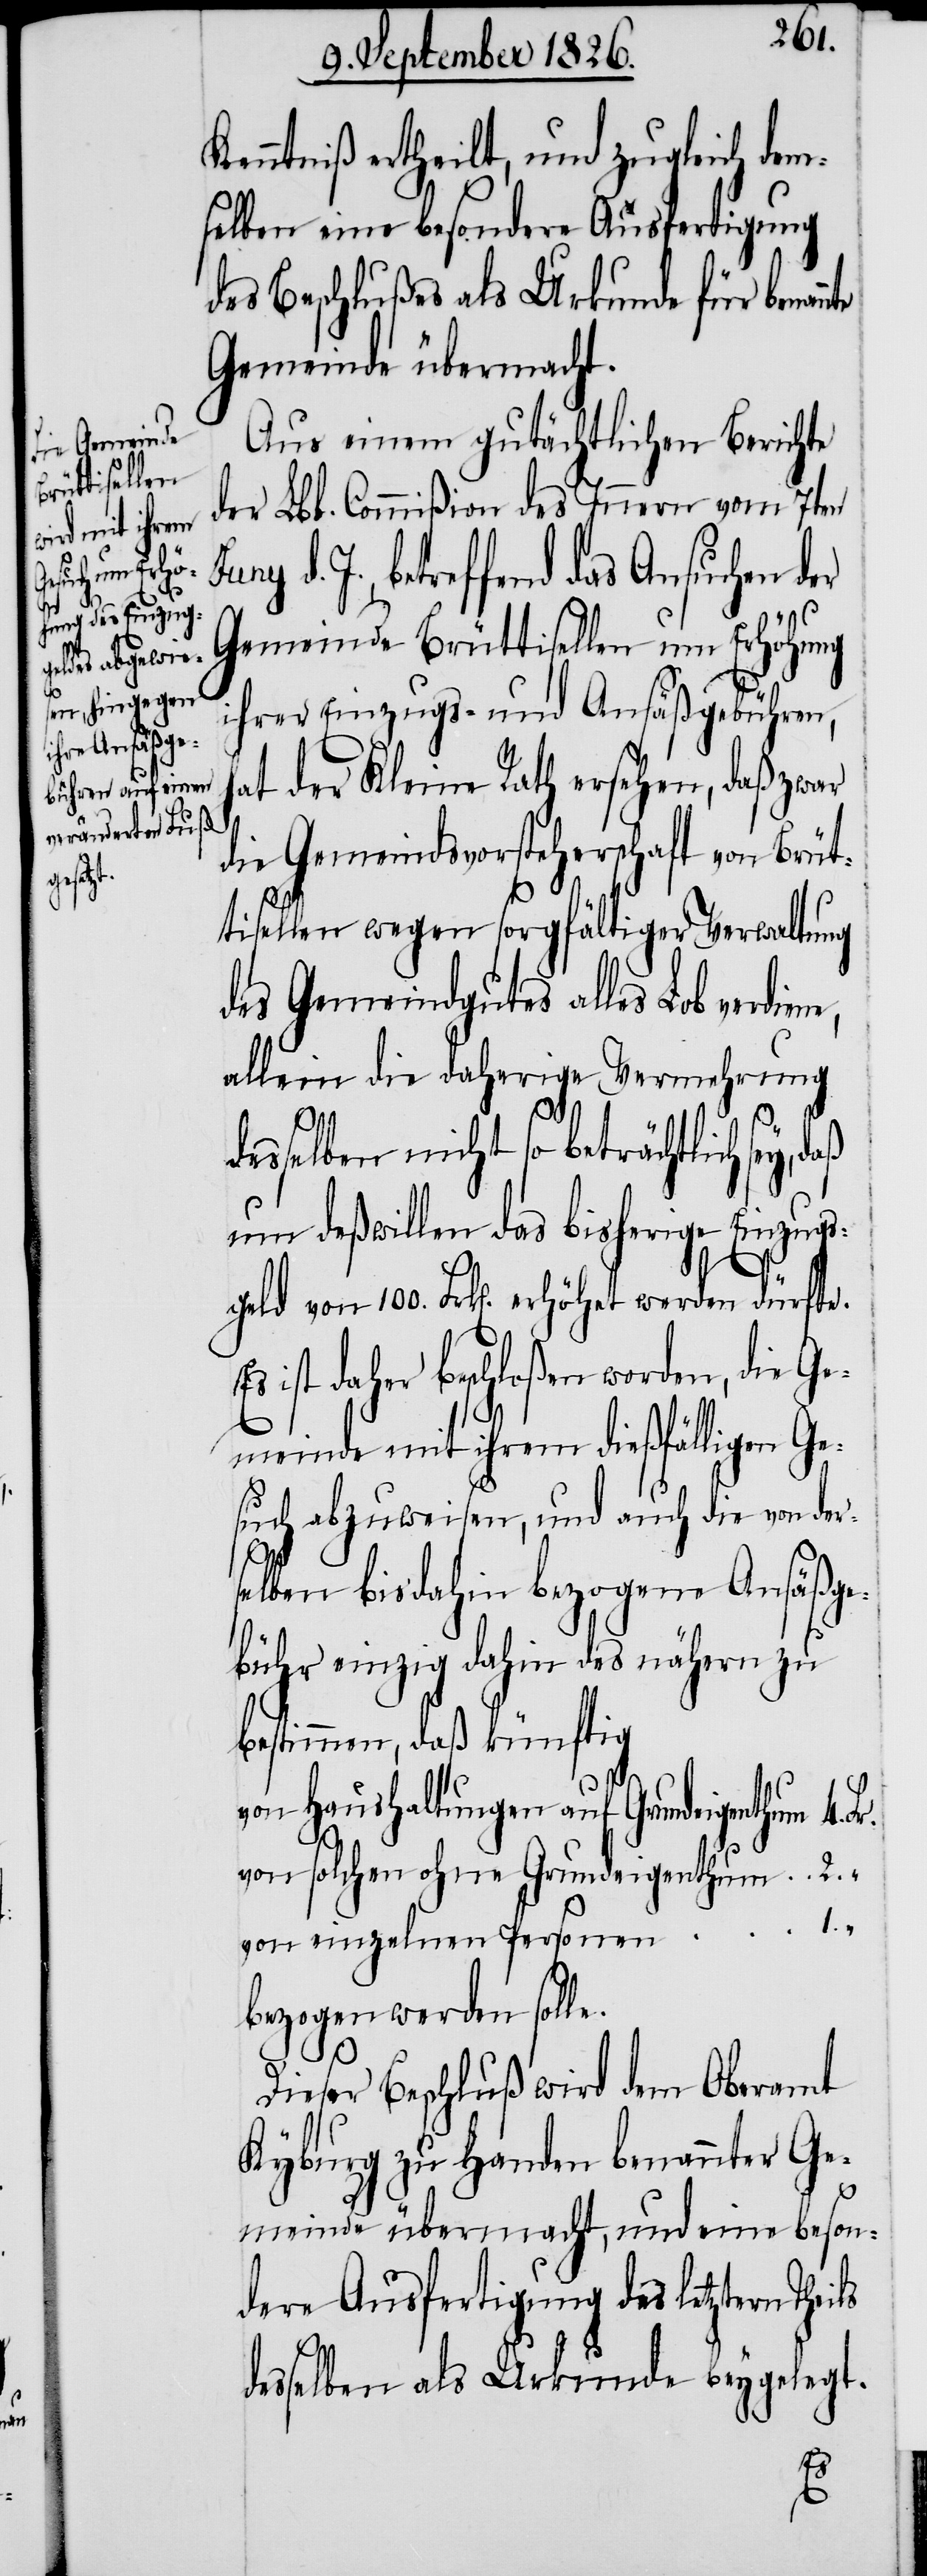
von solchen
von einzelnen

Kenntniß ertheilt, und zugleich dem¬
selben eine besondere Ausfertigung
des Beschlußes als Urkunde für benan¬
Gemeinde übermacht.
Aus einem gutächtlichen Berichte
der Lbl. Commißion des Innern vom 7ten
d. J., betreffend das Ansuchen der
Gemeinde Brüttisellen um Erhöhung
ihrer Einzugs- und Ansäßgebühren,
hat der Kleine Rath ersehen, daß zwar
die Gemeindsvorsteherschaft von Brüt¬
tisellen wegen sorgfältiger Verwaltung
des Gemeindgutes alles Lob ver¬
allein die daherige Vermehrung
ls
desselben nicht so beträchtlich sey,
um deßwillen das bisherige Einzugs¬
geld von 100. Frk[en]. erhöhet werden dürfte.
ist daher beschloßen worden, die Ge¬
meinde mit ihrem dießfälligen Ge¬
such abzuweisen, und auch die von der¬
diene,
selben bis dahin bezogene Ansäßge¬
bühr einzig dahin des nähern zu
bestimmen, daß künftig
von Haushaltungen auf
Dieser Beschluß wird dem Oberamt
Kyburg zu Handen benannter Ge¬
meinde übermacht, und eine beson¬
dere Ausfertigung des letztern Thei¬
desselben als Urkunde beygelegt.